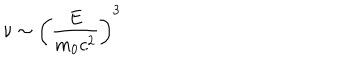
LaTeX: \nu \sim \left( \frac { E } { m _ { 0 } c ^ { 2 } } \right) ^ { 3 }